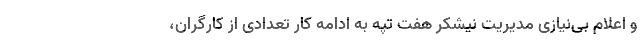
و اعلام بی‌نیازی مدیریت نیشکر هفت تپه به ادامه کار تعدادی از کارگران،